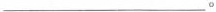
___。